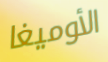
الأوميغا